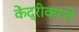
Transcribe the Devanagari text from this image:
केंद्रीकरणे